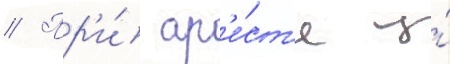
// Пр'и́ ар'е́ст'е у́